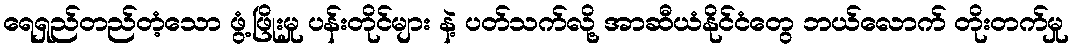
ရေရှည်တည်တံ့သော ဖွံ့ဖြိုးမှု ပန်းတိုင်များ နဲ့ ပတ်သက်လို့ အာဆီယံနိုင်ငံတွေ ဘယ်လောက် တိုးတက်မှု